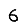
Digit: 6